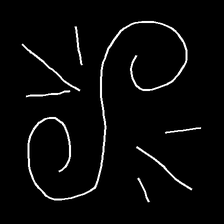
Glyph: wind-directs-air